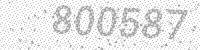
Solution: 800587